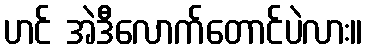
ဟင် အဲဒီလောက်တောင်ပဲလား။